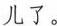
儿了。